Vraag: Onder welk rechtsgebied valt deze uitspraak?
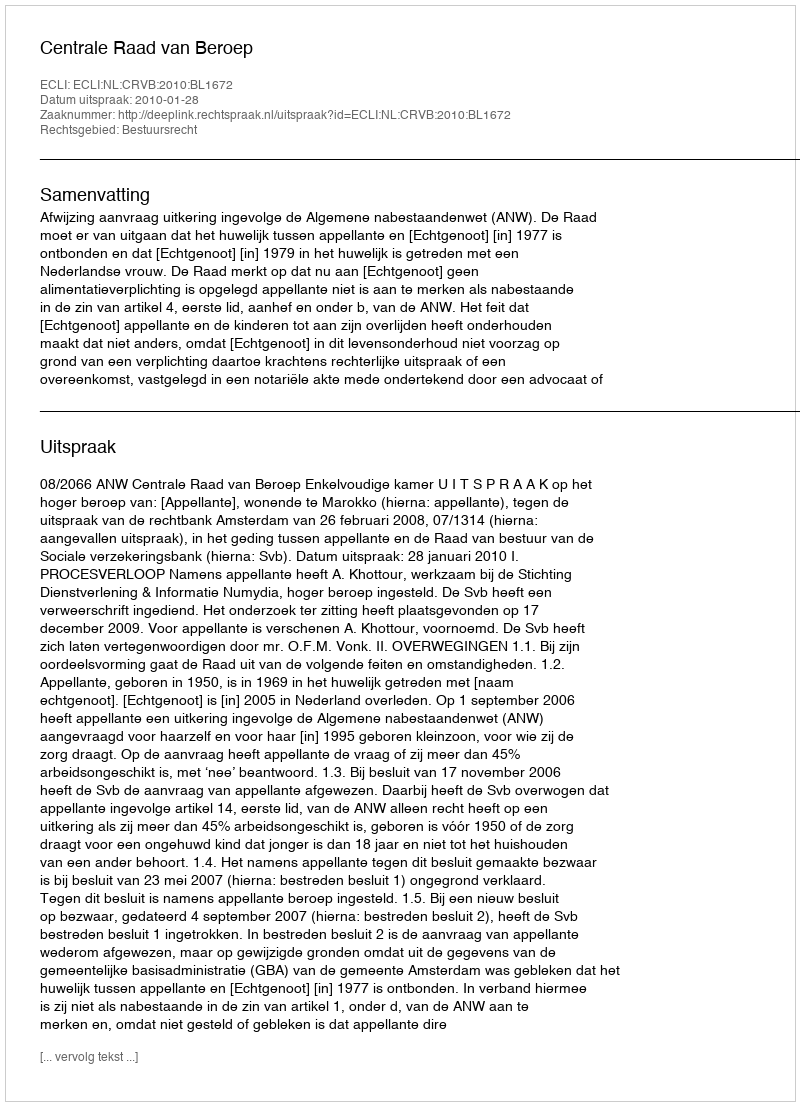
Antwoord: Bestuursrecht